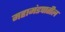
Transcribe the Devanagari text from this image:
महामंडपातील